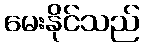
မေးနိုင်သည်